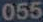
055